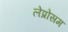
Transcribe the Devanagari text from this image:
लेप्रोसम